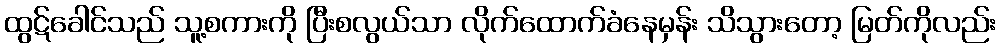
ထွဋ်ခေါင်သည် သူ့စကားကို ပြီးစလွယ်သာ လိုက်ထောက်ခံနေမှန်း သိသွားတော့ မြတ်ကိုလည်း